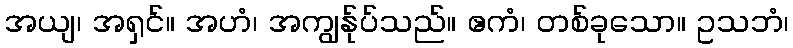
အယျ၊ အရှင်။ အဟံ၊ အကျွန်ုပ်သည်။ ဧကံ၊ တစ်ခုသော။ ဥသဘံ၊